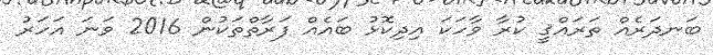
ބަނދަރެއް ތަރައްޤީ ކުރާ ވާހަކަ އިދިކޮޅު ބައެއް ފަރާތްތަކުން 2016 ވަނަ އަހަރު